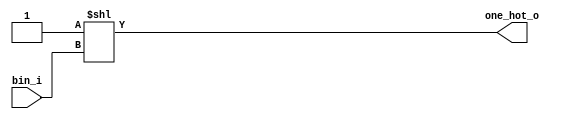
module b2oneh#(
  parameter BIN_W       = 4,
  parameter ONE_HOT_W   = 16
)(
  input   wire[BIN_W-1:0]     bin_i,
  output  wire[ONE_HOT_W-1:0] one_hot_o
);

  assign one_hot_o = 1'b1<<bin_i;

endmodule